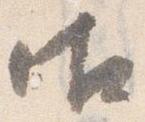
御